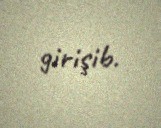
girişib.